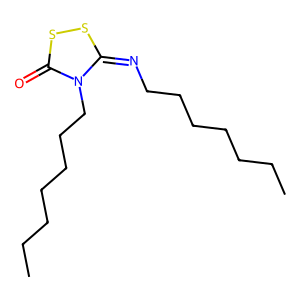
SMILES: CCCCCCCN=c1ssc(=O)n1CCCCCCC
Inhibits HIV replication: No